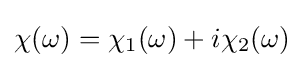
\chi (\omega )=\chi _{1}(\omega )+i\chi _{2}(\omega )